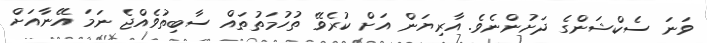
ވަނަ ސެކްޝަންގެ ދަށުންނެވެ. އާރިޔަން އަށް ކުރެވޭ ތުހުމަތުތައް ސާބިތުވެއްޖެ ނަމަ އޭނާއަށް